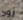
زود